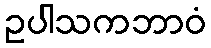
ဥပါသကဘာဝံ